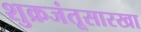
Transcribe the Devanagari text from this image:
शुक्रजंतूसारखा